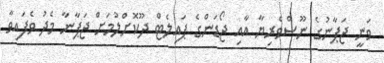
ވަނީ ޖަޕާނުގެ ނޫސްވެރިޔާ އާއި ޖޯޑަންގެ ޕައިލެޓް ދޫކޮށްލުމަށް ޖަޕާނާ މެދު ވެފައިވާ